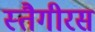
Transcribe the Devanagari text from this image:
स्तैगीरस